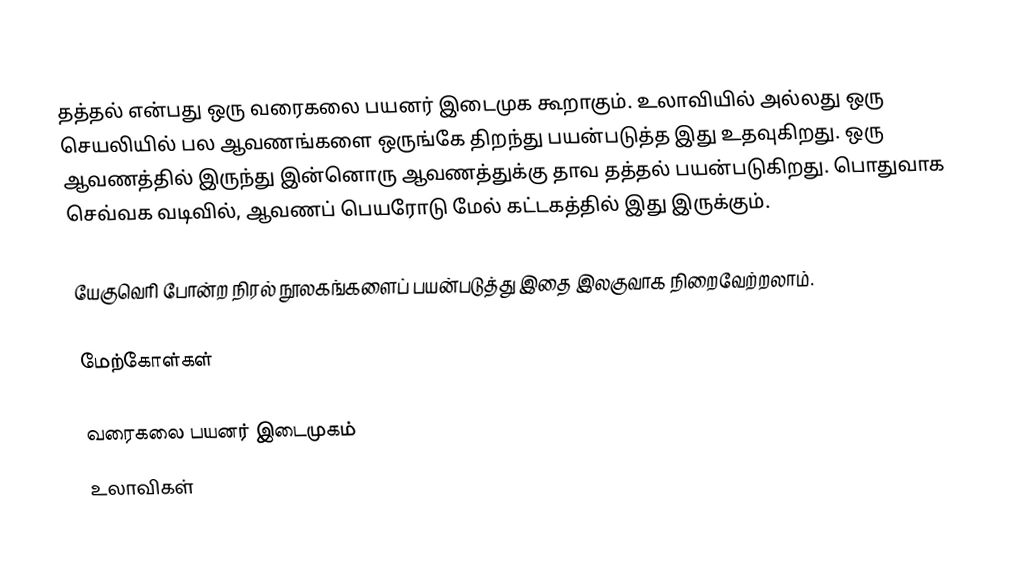
தத்தல் என்பது ஒரு வரைகலை பயனர் இடைமுக கூறாகும்.  உலாவியில் அல்லது ஒரு செயலியில் பல ஆவணங்களை ஒருங்கே திறந்து பயன்படுத்த இது உதவுகிறது.  ஒரு ஆவணத்தில் இருந்து இன்னொரு ஆவணத்துக்கு தாவ தத்தல் பயன்படுகிறது.  பொதுவாக செவ்வக வடிவில், ஆவணப் பெயரோடு மேல் கட்டகத்தில் இது இருக்கும்.

யேகுவெரி போன்ற நிரல் நூலகங்களைப் பயன்படுத்து இதை இலகுவாக நிறைவேற்றலாம்.

மேற்கோள்கள்

வரைகலை பயனர் இடைமுகம்
உலாவிகள்